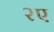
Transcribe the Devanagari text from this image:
२ए